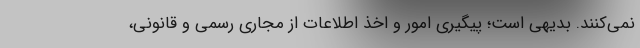
نمی‌کنند. بدیهی است؛ پیگیری امور و اخذ اطلاعات از مجاری رسمی و قانونی،